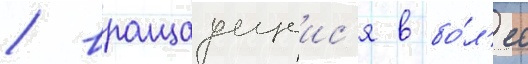
/ вращаущеис'я в бо́л'ее